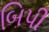
બિપી